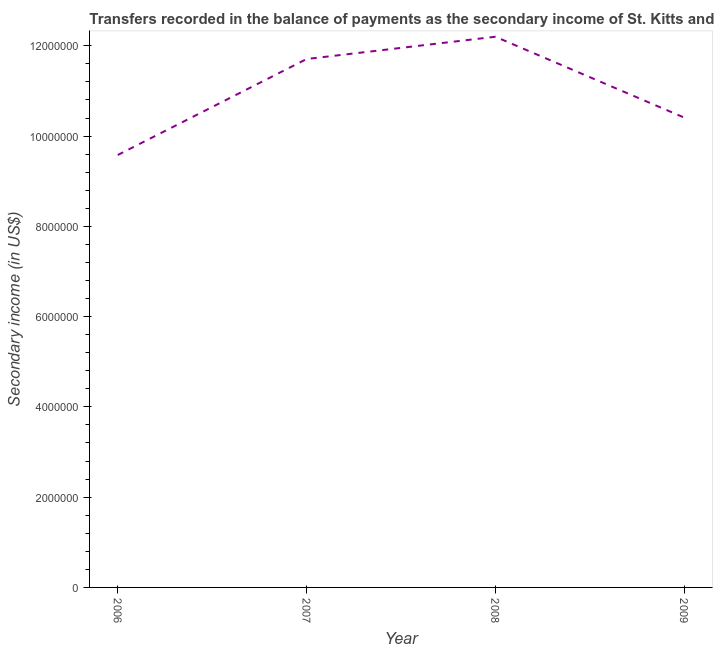
| Year | Secondary income |
 | --- | --- |
 | 2006 | 9.58e+06 |
 | 2007 | 1.17e+07 |
 | 2008 | 1.22e+07 |
 | 2009 | 1.04e+07 |